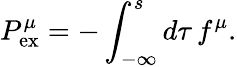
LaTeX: {P}_{\mathrm{ex}}^{\mu}=-\int_{-\infty}^{s}d\tau\, f^{\mu}.